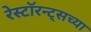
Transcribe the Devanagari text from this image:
रेस्टॉरन्ट्सच्या